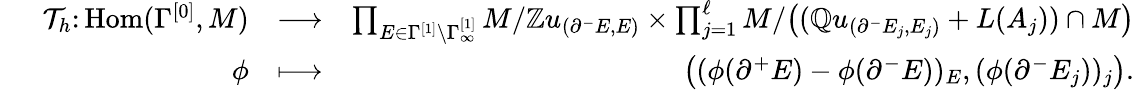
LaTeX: \begin{array}{rlr}{\, \, \, \, \, \, \, \, \, \mathcal{T}_{h}\colon\mathrm{Hom}(\Gamma^{[0]},M)}&{\longrightarrow}&{\prod_{E\in\Gamma^{[1]}\setminus\Gamma_{\infty}^{[1]}}M/\mathbb{Z}u_{(\partial^{-}E,E)}\times\prod_{j=1}^{\ell}M/\big((\mathbb{Q}u_{(\partial^{-}E_{j},E_{j})}+L(A_{j}))\cap M\big)}\\ {\phi}&{\longmapsto}&{\big((\phi(\partial^{+}E)-\phi(\partial^{-}E))_{E},(\phi(\partial^{-}E_{j}))_{j}\big).}\end{array}